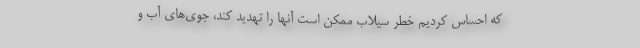
که احساس کردیم خطر سیلاب ممکن است آنها را تهدید کند، جوی‌های آب و